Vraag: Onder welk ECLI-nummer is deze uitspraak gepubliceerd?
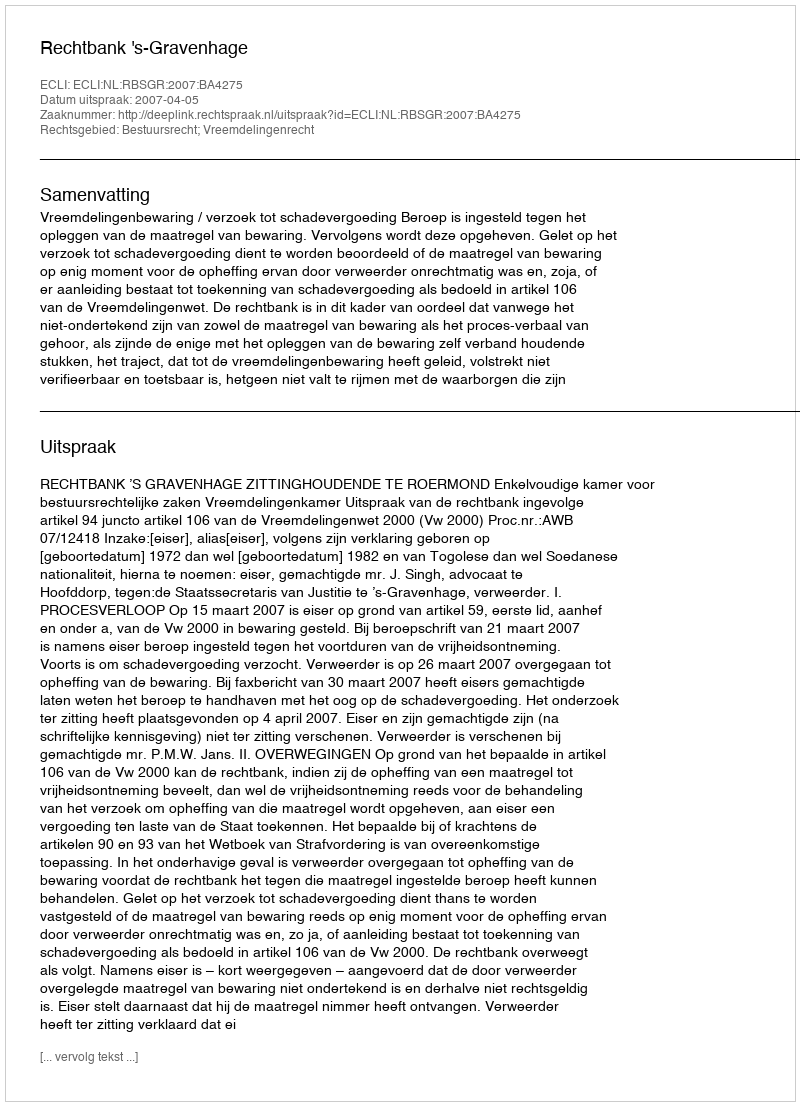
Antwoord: ECLI:NL:RBSGR:2007:BA4275